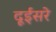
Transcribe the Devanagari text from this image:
दूईसरे